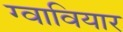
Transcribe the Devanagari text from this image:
ग्वावियार